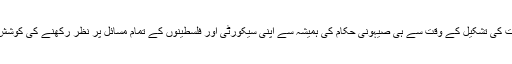
اس حکومت کی تشکیل کے وقت سے ہی صیہونی حکام کی ہمیشہ سے اپنی سیکورٹی اور فلسطینوں کے تمام مسائل پر نظر رکھنے کی کوشش رہی ہے۔